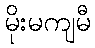
မိုးမကျမီ